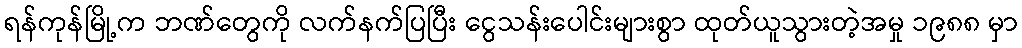
ရန်ကုန်မြို့က ဘဏ်တွေကို လက်နက်ပြပြီး ငွေသန်းပေါင်းများစွာ ထုတ်ယူသွားတဲ့အမှု ၁၉၈၈ မှာ